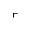
\ulcorner